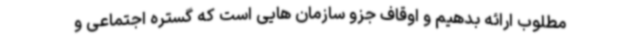
مطلوب ارائه بدهیم و اوقاف جزو سازمان هایی است که گستره اجتماعی و